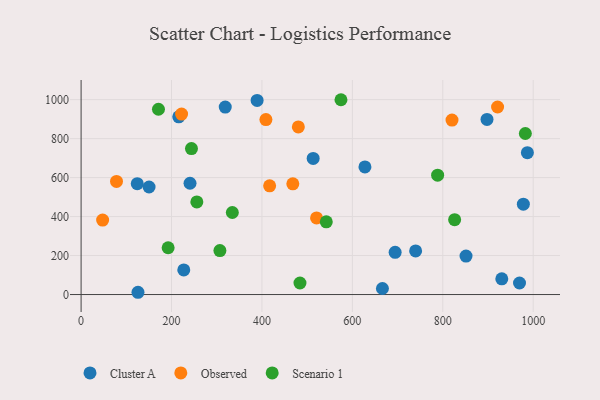
{"axis": {"x": "Engine Size", "y": "Sales"}, "legend": ["Cluster A", "Observed", "Scenario 1"], "data": [{"x": "930.5", "y": 80.8, "type": "Cluster A"}, {"x": "694.6", "y": 216.7, "type": "Cluster A"}, {"x": "227.1", "y": 126.4, "type": "Cluster A"}, {"x": "969.7", "y": 59.1, "type": "Cluster A"}, {"x": "125.8", "y": 11.6, "type": "Cluster A"}, {"x": "216.0", "y": 911.8, "type": "Cluster A"}, {"x": "897.8", "y": 898.3, "type": "Cluster A"}, {"x": "318.8", "y": 961.9, "type": "Cluster A"}, {"x": "978.2", "y": 463.6, "type": "Cluster A"}, {"x": "987.1", "y": 727.8, "type": "Cluster A"}, {"x": "150.3", "y": 551.7, "type": "Cluster A"}, {"x": "389.3", "y": 996.1, "type": "Cluster A"}, {"x": "739.9", "y": 223.7, "type": "Cluster A"}, {"x": "124.2", "y": 568.8, "type": "Cluster A"}, {"x": "666.5", "y": 30.9, "type": "Cluster A"}, {"x": "513.3", "y": 698.4, "type": "Cluster A"}, {"x": "240.9", "y": 570.9, "type": "Cluster A"}, {"x": "851.4", "y": 197.2, "type": "Cluster A"}, {"x": "627.8", "y": 654.5, "type": "Cluster A"}, {"x": "408.8", "y": 897.7, "type": "Observed"}, {"x": "820.4", "y": 895.3, "type": "Observed"}, {"x": "520.8", "y": 393.3, "type": "Observed"}, {"x": "921.2", "y": 962.1, "type": "Observed"}, {"x": "468.3", "y": 568.2, "type": "Observed"}, {"x": "417.0", "y": 558.0, "type": "Observed"}, {"x": "78.3", "y": 580.1, "type": "Observed"}, {"x": "222.2", "y": 925.9, "type": "Observed"}, {"x": "480.5", "y": 860.0, "type": "Observed"}, {"x": "47.6", "y": 381.9, "type": "Observed"}, {"x": "542.3", "y": 373.1, "type": "Scenario 1"}, {"x": "826.2", "y": 384.3, "type": "Scenario 1"}, {"x": "256.0", "y": 475.1, "type": "Scenario 1"}, {"x": "574.8", "y": 999.5, "type": "Scenario 1"}, {"x": "171.1", "y": 950.6, "type": "Scenario 1"}, {"x": "192.5", "y": 240.1, "type": "Scenario 1"}, {"x": "982.6", "y": 826.1, "type": "Scenario 1"}, {"x": "788.6", "y": 612.3, "type": "Scenario 1"}, {"x": "334.5", "y": 420.9, "type": "Scenario 1"}, {"x": "484.1", "y": 59.3, "type": "Scenario 1"}, {"x": "307.0", "y": 225.7, "type": "Scenario 1"}, {"x": "244.1", "y": 748.9, "type": "Scenario 1"}]}